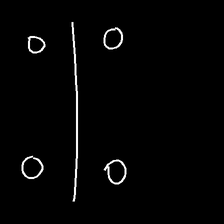
Glyph: cool